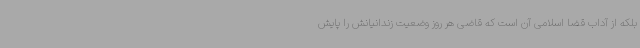
بلکه از آداب قضا اسلامی آن است که قاضی هر روز وضعیت زندانیانش را پایش